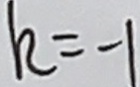
k = - 1